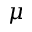
\mu